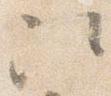
次